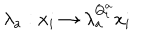
LaTeX: \lambda _ { a } : x _ { i } \rightarrow \lambda _ { a } ^ { Q _ { i } ^ { a } } x _ { i }